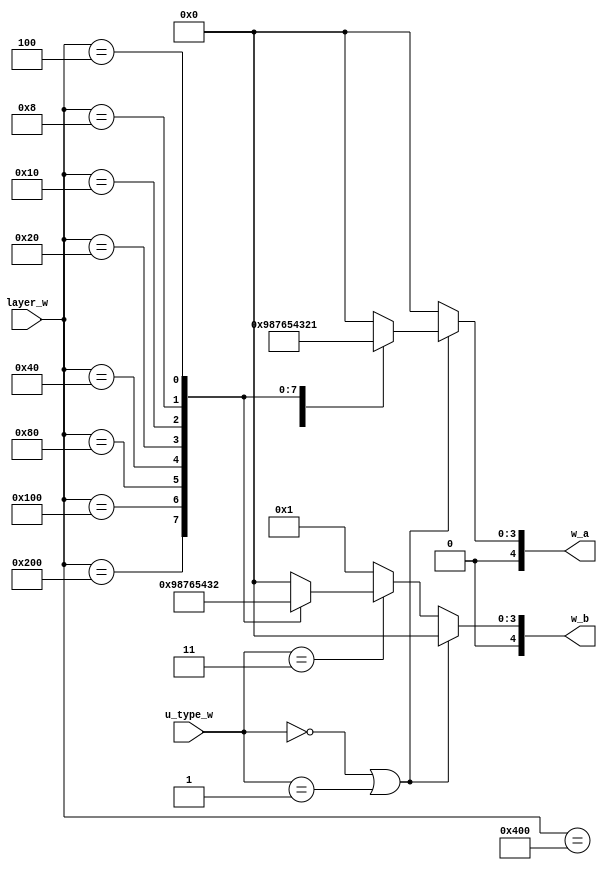
// Address Generator
module w_address (
    input [3:0] u_type_w,
    input [10:0] layer_w,
    output reg [4:0] w_a, // write alpha
    output reg [4:0] w_b // write beta
);

    localparam TYPE1  = 4'b0000;
    localparam TYPE2  = 4'b0001;
    localparam BOTTOM = 4'b0010;
    localparam TYPE3  = 4'b0011;

    wire [4:0] qwq;

    always @ (*) begin
        if (u_type_w == TYPE1 || u_type_w == TYPE2) begin
            case (layer_w)
                1024: w_a <= 9; // read alpa rom
                512: w_a <= 8;
                256: w_a <= 7;
                128: w_a <= 6;
                64: w_a <= 5;
                32: w_a <= 4;
                16: w_a <= 3;
                8: w_a <= 2;
                4: w_a <= 1;
                default: w_a <= 0;
            endcase
            w_b <= 0;
        end 
        else if (u_type_w == TYPE3) begin
            case (layer_w)
                512: w_b <= 9;
                256: w_b <= 8;
                128: w_b <= 7;
                64: w_b <= 6;
                32: w_b <= 5;
                16: w_b <= 4;
                8: w_b <= 3;
                4: w_b <= 2;
                default: w_b <= 0;
            endcase
            w_a <= 0;
        end 
        else begin
            w_a <= 0;
            w_b <= 1;
        end
    end

endmodule